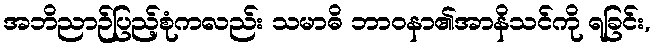
အဘိညာဉ်ပြည့်စုံကလည်း သမာဓိ ဘာဝနာ၏အာနိသင်ကို ရခြင်း,